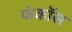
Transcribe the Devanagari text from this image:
फंकॉस